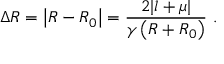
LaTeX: \Delta R = \left| R - R _ { 0 } \right| = \frac { 2 | l + \mu | } { \gamma \left( R + R _ { 0 } \right) } \, \, .